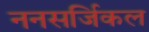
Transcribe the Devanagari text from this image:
ननसर्जिकल